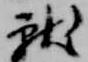
献